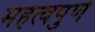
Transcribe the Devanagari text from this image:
महत्‍वपुर्ण